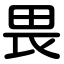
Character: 畏